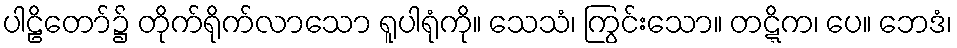
ပါဠိတော်၌ တိုက်ရိုက်လာသော ရူပါရုံကို။ သေသံ၊ ကြွင်းသော။ တဋ္ဋိက၊ ပေ။ ဘေဒံ၊